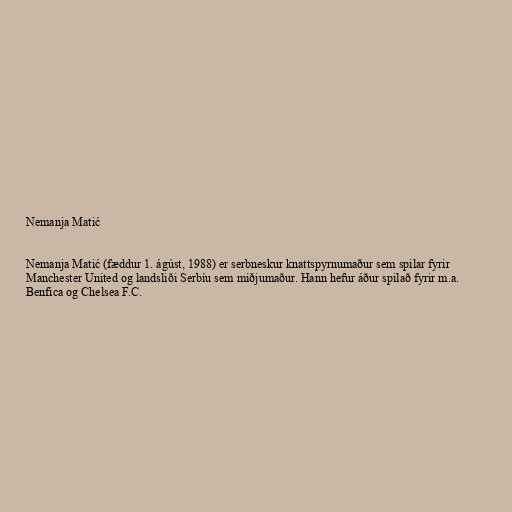
Nemanja Matić

Nemanja Matić (fæddur 1. ágúst, 1988) er serbneskur knattspyrnumaður sem spilar fyrir
Manchester United og landsliði Serbíu sem miðjumaður. Hann hefur áður spilað fyrir m.a.
Benfica og Chelsea F.C.